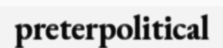
preterpolitical